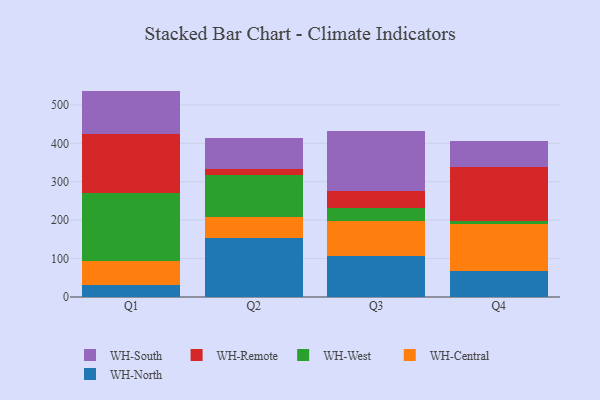
{"axis": {"x": "Quarter", "y": "Budget (USD K)"}, "legend": ["WH-Central", "WH-North", "WH-Remote", "WH-South", "WH-West"], "data": [{"x": "Q1", "y": 32.4, "type": "WH-North"}, {"x": "Q1", "y": 61.9, "type": "WH-Central"}, {"x": "Q1", "y": 176.8, "type": "WH-West"}, {"x": "Q1", "y": 154.2, "type": "WH-Remote"}, {"x": "Q1", "y": 111.2, "type": "WH-South"}, {"x": "Q2", "y": 153.3, "type": "WH-North"}, {"x": "Q2", "y": 54.0, "type": "WH-Central"}, {"x": "Q2", "y": 110.2, "type": "WH-West"}, {"x": "Q2", "y": 15.6, "type": "WH-Remote"}, {"x": "Q2", "y": 81.5, "type": "WH-South"}, {"x": "Q3", "y": 107.0, "type": "WH-North"}, {"x": "Q3", "y": 92.0, "type": "WH-Central"}, {"x": "Q3", "y": 33.0, "type": "WH-West"}, {"x": "Q3", "y": 43.4, "type": "WH-Remote"}, {"x": "Q3", "y": 156.2, "type": "WH-South"}, {"x": "Q4", "y": 67.2, "type": "WH-North"}, {"x": "Q4", "y": 124.0, "type": "WH-Central"}, {"x": "Q4", "y": 6.8, "type": "WH-West"}, {"x": "Q4", "y": 141.3, "type": "WH-Remote"}, {"x": "Q4", "y": 66.4, "type": "WH-South"}]}